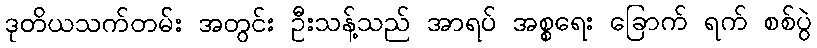
ဒုတိယသက်တမ်း အတွင်း ဦးသန့်သည် အာရပ် အစ္စရေး ခြောက် ရက် စစ်ပွဲ